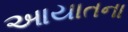
આયાતના